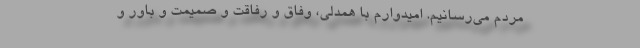
مردم می‌رسانیم. امیدوارم با همدلی، وفاق و رفاقت و صمیمت و باور و